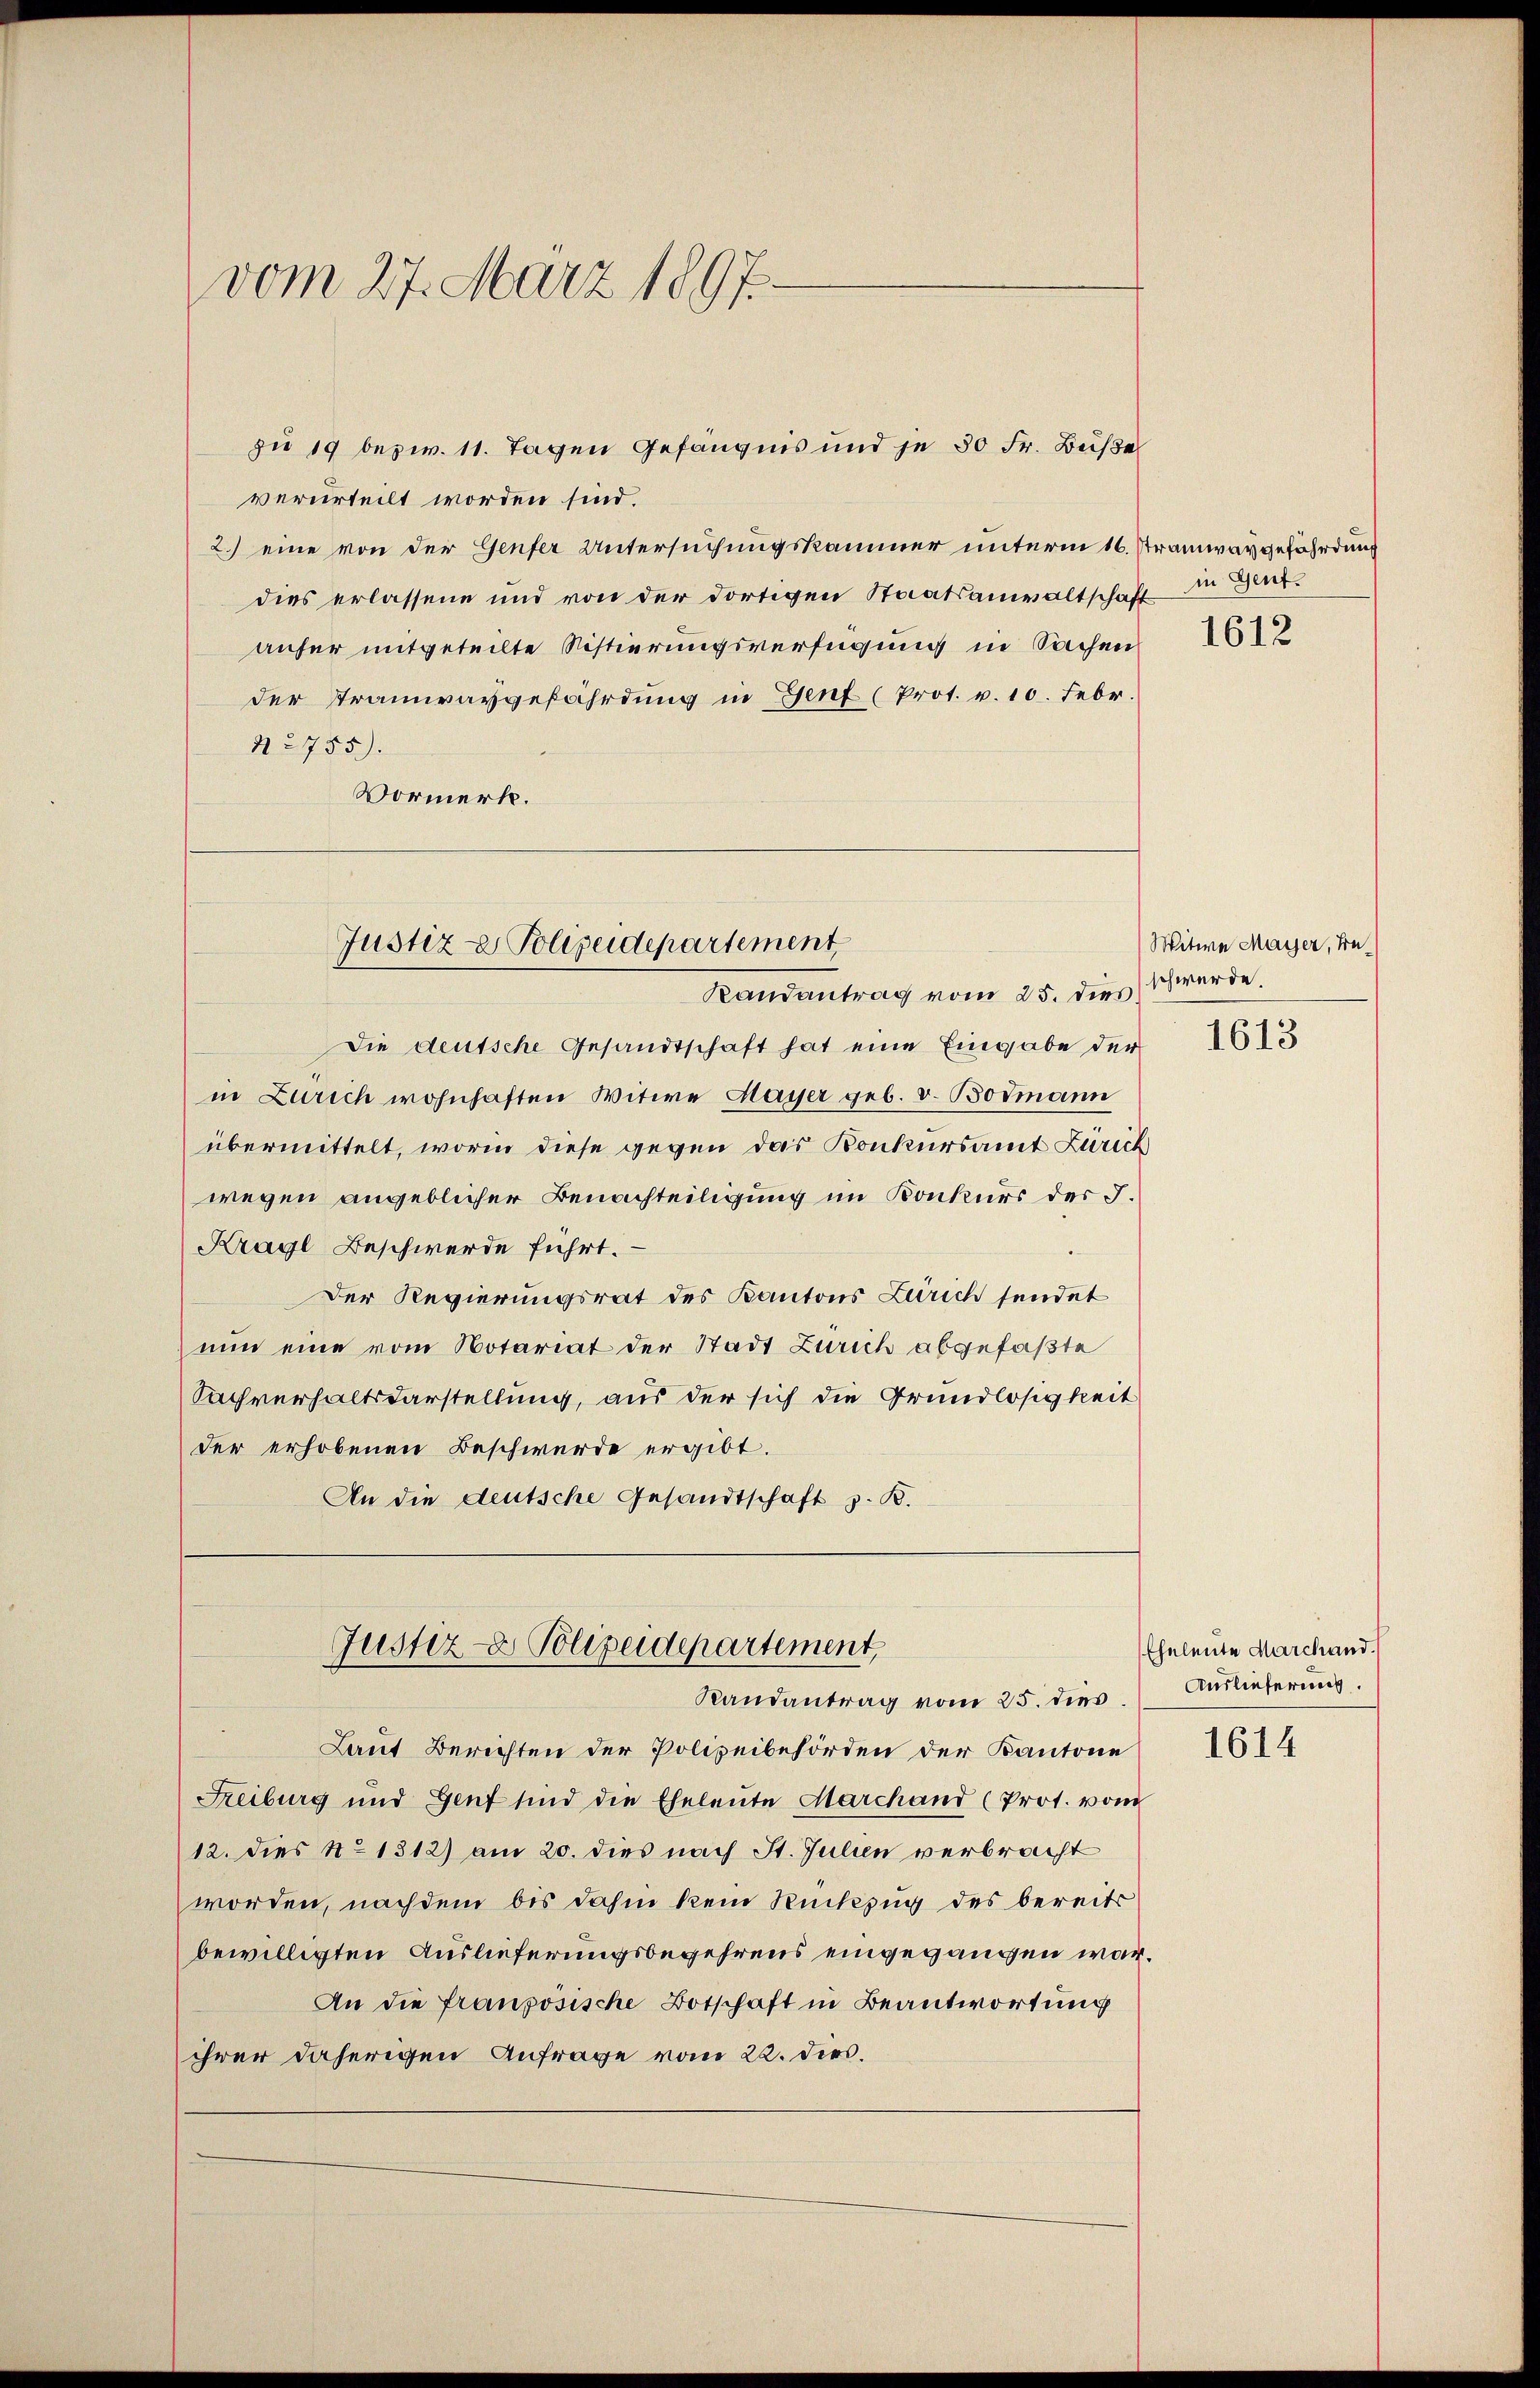
verurteilt worden sind.
2.) eine von der Genfer Untersuchungskammer unterm 16. Stramwaygefährdung
dies erlassene und von der dortigen Staatsanwaltschaft
anfer mitgeteilte Sistierungsverfügung in Sachen
der Tramwaygefährdung in Genf (Prot. v. 10. Febr.
N 2755).
Vormerk.

vom 27. März 1897.

zu 19 bezw. 11. Tagen Gefängnis und je 30 Fr. Buße

Die deutsche Gesandtschaft hat eine Eingabe der
in Zürich wohnhaften Witwe Mayser geb. v. Bodmann
übermittelt, worin diese gegen das Konkursamt Zürich
wegen angeblicher Benachteiligung im Konkurs der J.
Krayl Beschwerde führt.
Der Regierungsrat des Kantons Zürich sendet
nun eine vom Notariat der Stadt Zürich abgefaßte
Sachverhaltsdarstellung, aus der sich die Grundlosigkeit
der erhobenen Beschwerde ergibt.
An die deutsche Gesandtschaft z. B.

Justiz - Polizeidepartement
Randantrag vom 25. dies

Justiz- & Polizeidepartement,
Randantrag vom 25. dies

Laut Berichten der Polizeibehörden der Kantone
Freiburg und Genf sind die Eheleute Marchand (Prot. vom
12. dies No 1312) am 20. dies nach St. Julien verbracht
worden, nachdem bis dahin kein Rückzug des bereits
bewilligten Auslieferungsbegehrens eingegangen war.
An die französische Botschaft in Beantwortung
ihrer daherigen Anfrage vom 22. ders.

in Gent.

1612

Witwe Mayser, Beschwerde.

1613

Eheleute Marchand.
Auslieferung.

1614